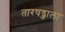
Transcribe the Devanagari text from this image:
तारषड्जाला